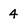
Character: 4